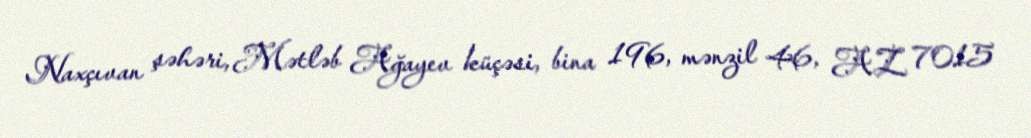
Naxçıvan şəhəri, Mətləb Ağayev küçəsi, bina 196, mənzil 46, AZ 7015